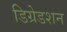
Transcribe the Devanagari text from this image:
डिग्रेडशन